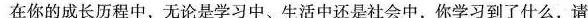
在你的成长历程中，无论是学习中、生活中还是社会中，你学习到了什么，请